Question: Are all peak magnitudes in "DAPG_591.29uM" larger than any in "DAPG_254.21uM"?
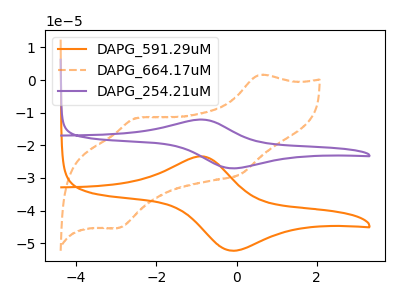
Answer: <think>The orange curve "DAPG_591.29uM" has an anodic peak at (-0.90V, -23.35uA) and a cathodic peak at (-0.10V, -52.30uA). The orange dashed curve "DAPG_664.17uM" has anodic peaks at (0.55V, 1.55uA) (-2.50V, -11.70uA) and cathodic peaks at (0.10V, -28.90uA) (-2.95V, -45.35uA). The purple curve "DAPG_254.21uM" has an anodic peak at (-0.90V, -12.10uA) and a cathodic peak at (-0.10V, -27.05uA).</think>
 <answer>The peaks in "DAPG_591.29uM" are neither all higher or all lower than the peaks in "DAPG_254.21uM".</answer>
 <eval>mixed</eval>